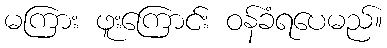
မကြား ဖူးကြောင်း ဝန်ခံရပေမည်။